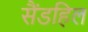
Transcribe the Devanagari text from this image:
सैंडहिल